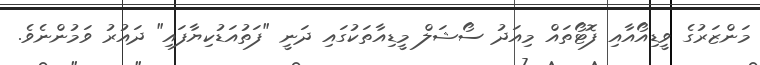
މަންޒަރުގެ ވީޑިއޯއާއި ފޮޓޯތައް މިއަދު ސޯޝަލް މީޑިއާތަކުގައި ދަނީ "ފަތުއަޑުކިޔާފައި" ދައުރު ވަމުންނެވެ.